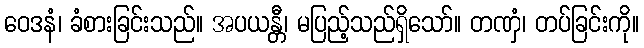
ဝေဒနံ၊ ခံစားခြင်းသည်။ အပယန္တီ၊ မပြည့်သည်ရှိသော်။ တဏှံ၊ တပ်ခြင်းကို။